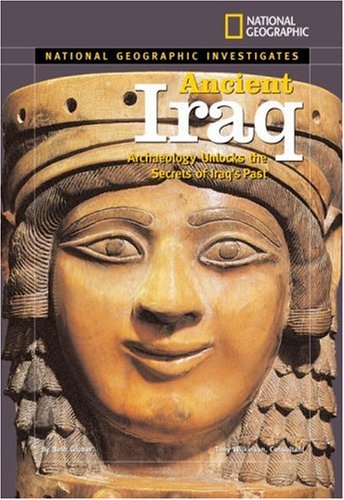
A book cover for National Geographic Investigates: Ancient Iraq: Archaeology Unlocks the Secrets of Iraq's Past; Beth Gruber; Children's Books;